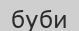
буби